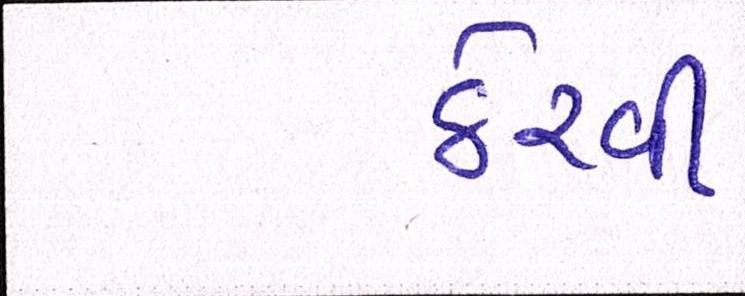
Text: ઠેરવી